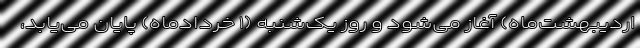
اردیبهشت‌ماه) آغاز می‌شود و روز یک‌شنبه (۱ خردادماه) پایان می‌یابد،